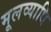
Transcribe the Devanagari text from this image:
मूलव्याधि